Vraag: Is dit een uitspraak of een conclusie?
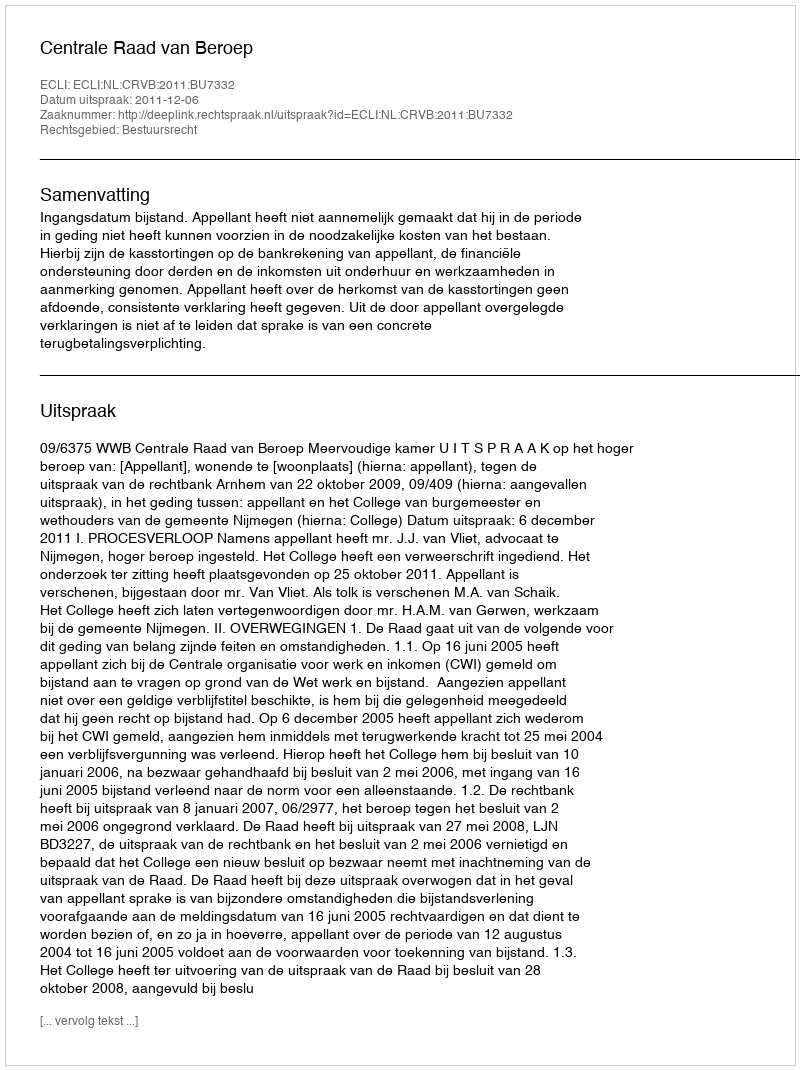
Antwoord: Uitspraak